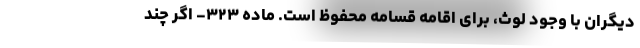
دیگران با وجود لوث، برای اقامه قسامه محفوظ است. ماده ۳۲۳- اگر چند